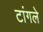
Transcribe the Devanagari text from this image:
टांगले